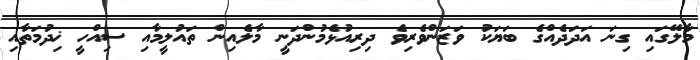
މާލޭގައި ގިނަ އަދަދެއްގެ ބަޔަކު ވަޒަންވެރިވެ ދިރިއުޅެމުންދަނީ މާލެއިން ތައުލީމާއި ސިއްހީ ޚިދުމަތާއި